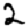
Digit: 2